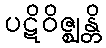
ပဋိဝိဇ္ဈန္တိ